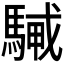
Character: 𩤭